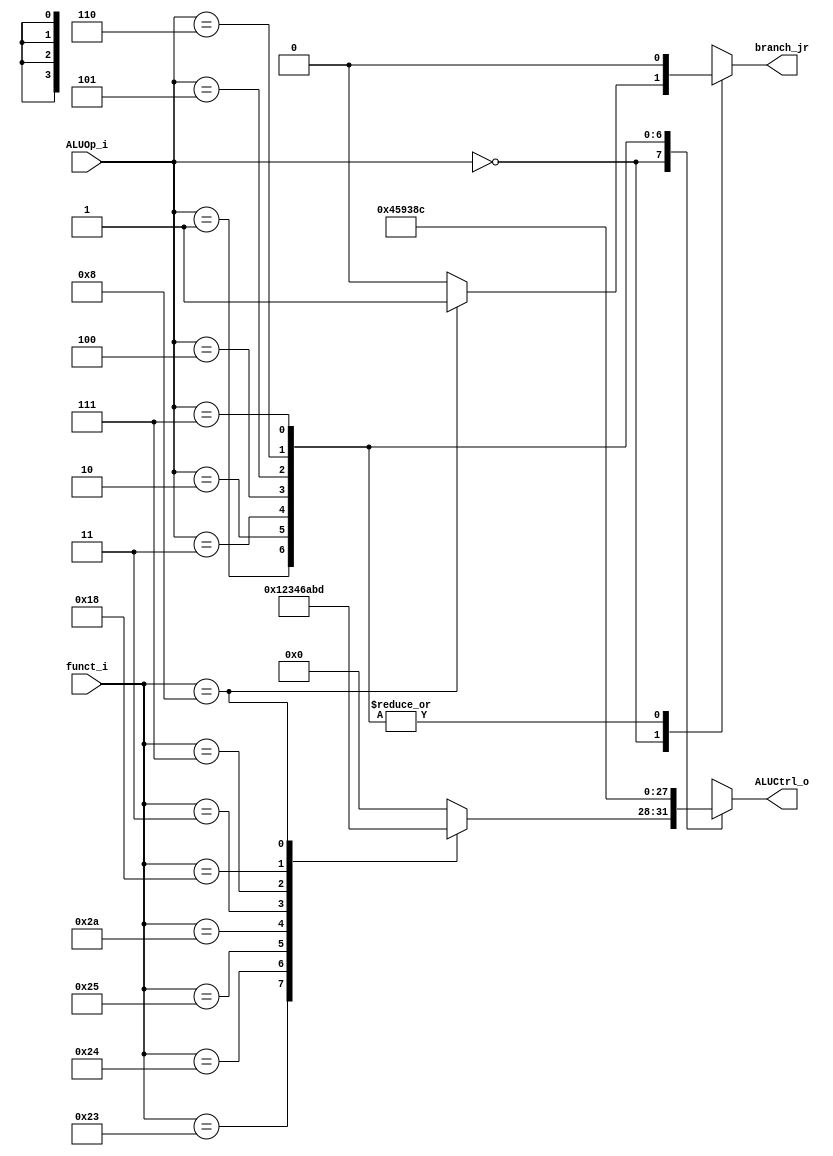
//Subject:     CO project 2 - ALU Controller
//--------------------------------------------------------------------------------
//Version:     1
//--------------------------------------------------------------------------------
//Writer:      
//----------------------------------------------
//Date:        
//----------------------------------------------
//Description: 
//--------------------------------------------------------------------------------
//Line 55
module ALU_Ctrl(
          funct_i,
          ALUOp_i,
          ALUCtrl_o,
          branch_jr
          );
          
//I/O ports 
input      [6-1:0] funct_i;
input      [3-1:0] ALUOp_i;

output     [4-1:0] ALUCtrl_o;    
output			   branch_jr;
     
//Internal Signals
reg        [4-1:0] ALUCtrl_o;    
reg				   branch_jr;

//Parameter
localparam
 	alu_add=4'd0,
	alu_sub=4'd1,
    alu_and=4'd2,
    alu_or=4'd3,
    alu_slt=4'd4,
	alu_beq=4'd5,
	alu_sra=4'd6,
	alu_lui=4'd7,
	alu_bne=4'd8,
	alu_lup=4'd9,
	alu_srav=4'd10,
	alu_mul=4'd11,
	alu_ble=4'd12,
	alu_zero=4'd13;
//Select exact operation

always@(*)
begin
	branch_jr=0;
	case(ALUOp_i)
	3'b000:begin    // R-Type
	    case(funct_i)
	    	6'b100001:ALUCtrl_o=alu_add;
	    	6'b100011:ALUCtrl_o=alu_sub;
	    	6'b100100:ALUCtrl_o=alu_and;
	    	6'b100101:ALUCtrl_o=alu_or;
	    	6'b101010:ALUCtrl_o=alu_slt;
	    	6'b000011:ALUCtrl_o=alu_sra;
	    	6'b000111:ALUCtrl_o=alu_srav;
	    	6'b011000:ALUCtrl_o=alu_mul;
	    	6'b001000:begin
	    		ALUCtrl_o=alu_zero;
				branch_jr=1;
			 end
			default:ALUCtrl_o=alu_add;
		endcase		
	 end//however the addi version
	3'b001:begin   	// addi
		ALUCtrl_o=alu_add;
	 end//however the beq version
	3'b010:begin	// sltiu
	    ALUCtrl_o=alu_slt;	
	 end
	3'b011:begin 	// beq
		ALUCtrl_o=alu_beq; 
	 end//however the beq version
	3'b100:begin 	// lup
		ALUCtrl_o=alu_lup; 
	 end
	3'b101:begin 	// ori
		ALUCtrl_o=alu_or;
	 end
	3'b110:begin 	// bne
		ALUCtrl_o=alu_bne;
	 end
	3'b111:begin 	// ble
		ALUCtrl_o=alu_ble;
	 end
	endcase
end

/*always@(branch_jr)begin
    $display("branch_jr HERE!!!! branch_jr=%d",branch_jr);
end*/
endmodule